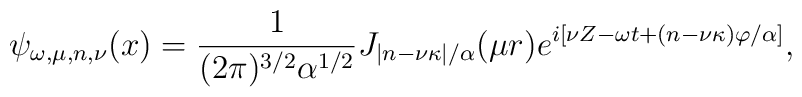
\psi_{\omega,\mu,n,\nu}(x)=\frac{1}{(2\pi)^{3/2}\alpha ^{1/2}}J_{|n-\nu\kappa|/\alpha}(\mu r)e^{i[\nu Z- \omega t+(n-\nu\kappa)\varphi/\alpha]},